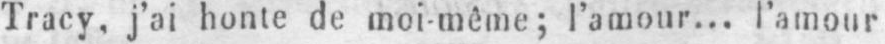
Tracy, j’ai honte de moi-même; l’amour... l’amour